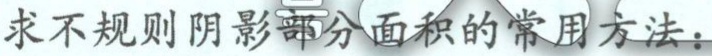
求不规则阴影部分面积的常用方法：